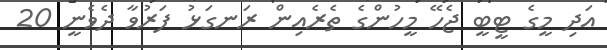
އަދި މީގެ ޓީބީ ޖެހޭ މީހުންގެ ތެރެއިން ރަނގަޅު ފަރުވާ ދެވެނީ 20